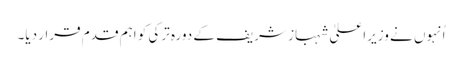
اُنہوں نے وزیراعلیٰ شہباز شریف کے دورہ ترکی کو اہم قدم قرار دیا۔